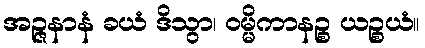
အဉ္ဇနာနံ ခယံ ဒိသွာ၊ ဝမ္မိကာနဉ္စ ယဉ္စယံ။